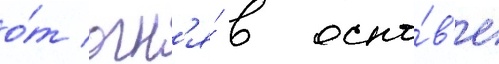
о́т огн'я́ в осно́в'е